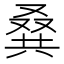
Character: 𠭨